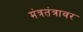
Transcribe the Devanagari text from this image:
मंत्रतंत्रावर